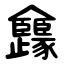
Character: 㒪